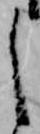
し